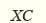
ХС